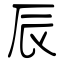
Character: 辰